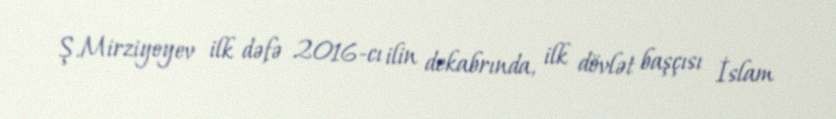
Ş.Mirziyoyev ilk dəfə 2016-cı ilin dekabrında, ilk dövlət başçısı İslam